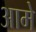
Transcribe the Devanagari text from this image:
आमे